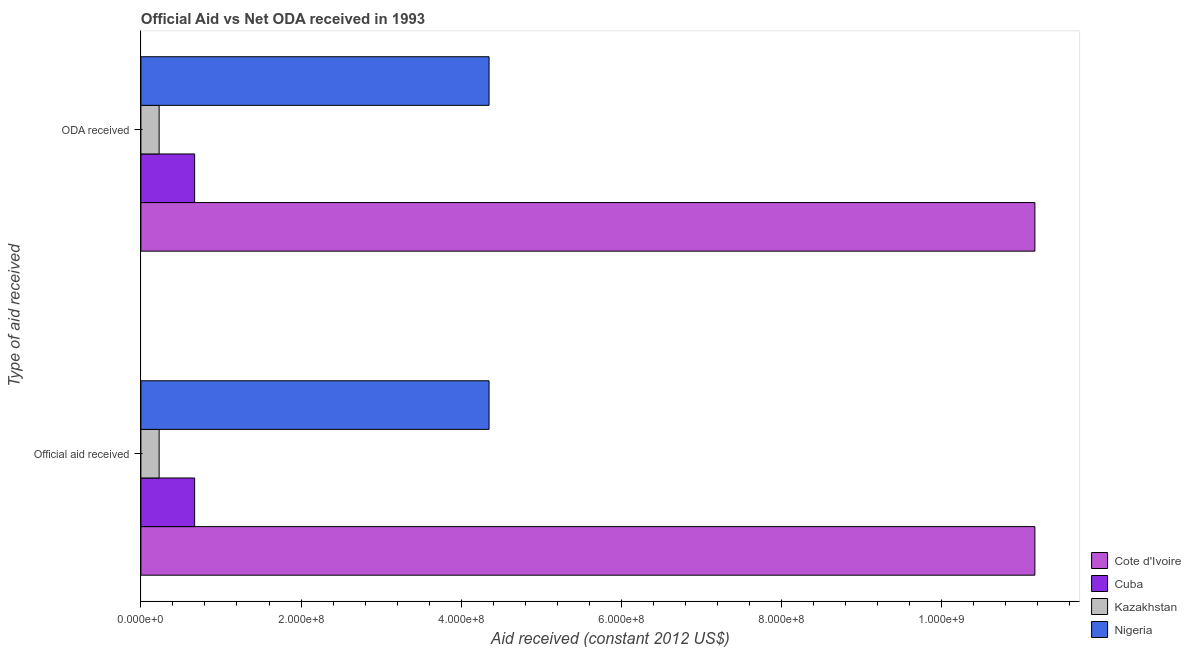
| Type of aid received | Cote d'Ivoire | Cuba | Kazakhstan | Nigeria |
 | --- | --- | --- | --- | --- |
 | Official aid received | 1.12e+09 | 6.71e+07 | 2.28e+07 | 4.35e+08 |
 | ODA received | 1.12e+09 | 6.71e+07 | 2.28e+07 | 4.35e+08 |